Civil Veterinary Dept. North-West Frontier Province 1901-22 - 1901-1922
Year: 1901
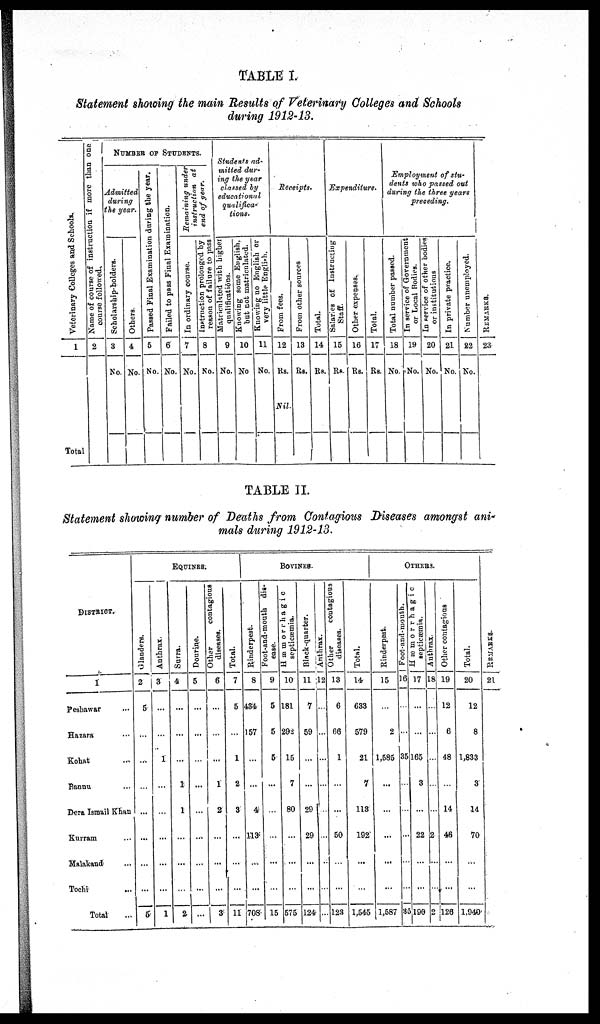
TABLE I.
Statement showing the main Results of Veterinary Colleges and Schools
during 1912-13.
Veterinary Colleges and Schools.
1
Total
Name of course of instruction if more man one
course followed.
2
NUMBER OF STUDENTS.
Admitted
during
the year.
Scholarship-holders.
3
No.
Others
4
No.
Passed Final Examination during the year.
5
No.
Failed to pass Final Examination.
6
No.
Remaining under
instruction at
end of year.
In ordinary course.
7
No.
Instruction
prolonged by
reason of failure to pass
8
No.
Students ad-
mitted dur-
ing the year
classed by
educational
qualifica-
tions.
Matrienlated
with higher
qualifications.
9
No.
Knowing some English.
but not matriculated.
10
No.
Knowing no English or
very little English.
11
No.
Receipts.
From fees.
12
Rs.
Nil.
From other sources
13
Rs.
Total.
14
Rs.
Expenditure.
Salaries
of Instructing
Staff.
15
Rs.
Other expenses.
16
Rs.
Total.
17
Rs.
Employment of stu-
dents who passed out
during the three years
preceding.
Total number passed.
18
No.
In service of Government
or Local Bodies.
19
No.
In service of other bodies
or institutions
20
No.
In private practice.
21
No.
Number unemployed.
22
No.
REMARKS.
23
TABLE II.
Statement showing number of Deaths from Contagious Diseases amongst ani-
mals during 1912-13.
DISTRICT.
1
Peshawar
Hazara ...
Kohat ...
Bannu ...
Dera Ismail Khan
Kurram ...
Malakand ...
Tochi ...
Total
EQUINES.
Glanders.
2
5
...
...
...
... ...
...
...
6
Anthrax.
3
...
...
1
...
...
...
...
...
1
Surra.
4
...
...
...
1
1
...
...
...
2
Dourine.
5
...
...
...
...
...
...
...
...
...
Other
contagious
diseases.
6
...
...
...
1
2
...
...
...
3
Total.
7
5
...
1
2
3
...
...
...
11
BOVINES.
Rinderpest.
8
434
157
...
...
4
113
...
...
708
Foot-and-mouth dis-
ease.
9
5
5
5
...
...
...
...
...
15
Hæmorrhagic
septicæmia.
10
181
292
15
7
80
...
...
...
575
Black-quarter.
11
7
59
...
...
29
29
...
...
124
Anthrax.
12
...
...
...
...
...
...
...
...
...
Other
coutagious
diseases.
13
6
66
1
...
...
50
...
...
123
Total.
14
633
579
21
7
113
192
...
...
1,545
OTHERS.
Rinderpest.
15
...
2
1,585
...
...
...
...
...
1,587
Foot-and-mouth.
16
...
...
35
...
...
...
...
...
35
Hæmorrhagic
septicæmia.
17
...
...
165
3
...
22
...
...
190
Anthrax.
18
...
...
...
...
...
2
...
...
2
Other contagions
19
12
6
48
...
14
46
...
...
126
Total.
20
12
8
1,833
3
14
70
...
...
1,940
REMARKS
21